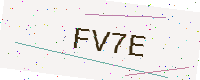
Text: FV7E